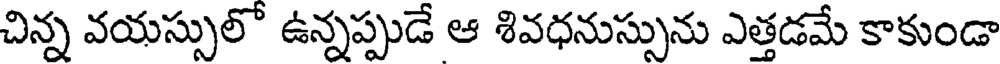
చిన్న వయస్సులో ఉన్నప్పుడే ఆ శివధనుస్సును ఎత్తడమే కాకుండా